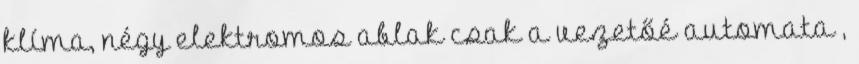
klíma, négy elektromos ablak csak a vezetőé automata ,